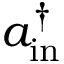
a _ { \mathrm { i n } } ^ { \dagger }